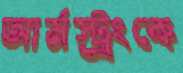
আর্মস্ট্রংকে